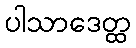
ပါသာဒေတ္ထ